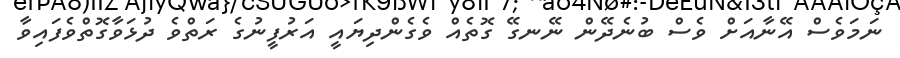
ނަމަވެސް އޭނާއަށް ވެސް ބުނެދޭން ނޭނގޭ ގޮތެއް ވެގެންދިޔައީ އަރުފީނުގެ ރަތްވެ ދުޅަވާގޮތްވެފައިވާ